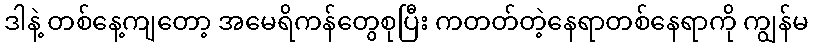
ဒါနဲ့ တစ်နေ့ကျတော့ အမေရိကန်တွေစုပြီး ကတတ်တဲ့နေရာတစ်နေရာကို ကျွန်မ